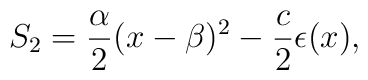
S_2=\frac{\alpha}{2}(x-\beta)^2-\frac{c}{2}\epsilon(x),